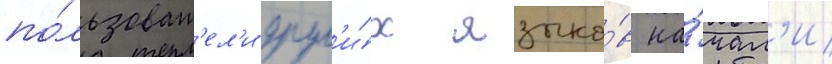
по́льзоват'ел'и друг'и́х языко́в на́чал'и